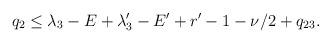
LaTeX: \begin{align*} q_2\le\lambda_3-E+\lambda_3'-E'+r'-1-\nu/2+q_{23}.\end{align*}